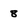
Character: 8